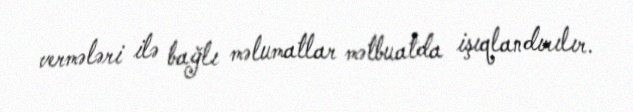
vermələri ilə bağlı məlumatlar mətbuatda işıqlandırılır.